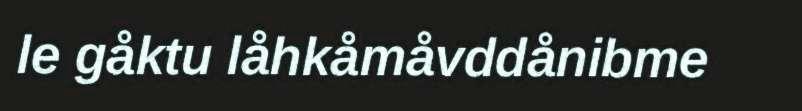
le gåktu låhkåmåvddånibme